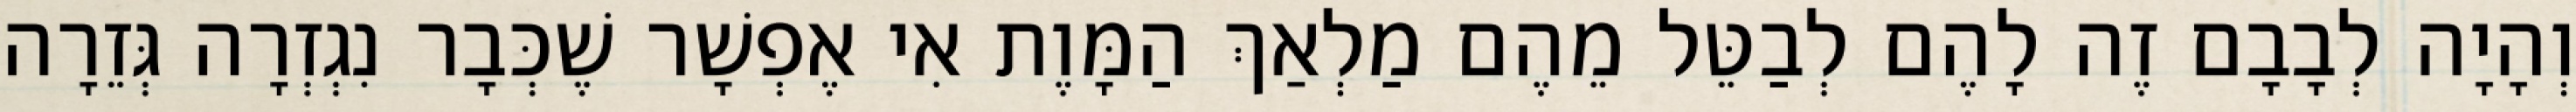
וְהָיָה לְבָבָם זֶה לָהֶם לְבַטֵּל מֵהֶם מַלְאַךְ הַמָּוֶת אִי אֶפְשָׁר שֶׁכְּבָר נִגְזְרָה גְּזֵרָה